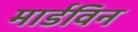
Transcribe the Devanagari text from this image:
मार्डविन